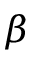
\beta